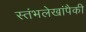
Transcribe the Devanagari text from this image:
स्तंभलेखांपैकी